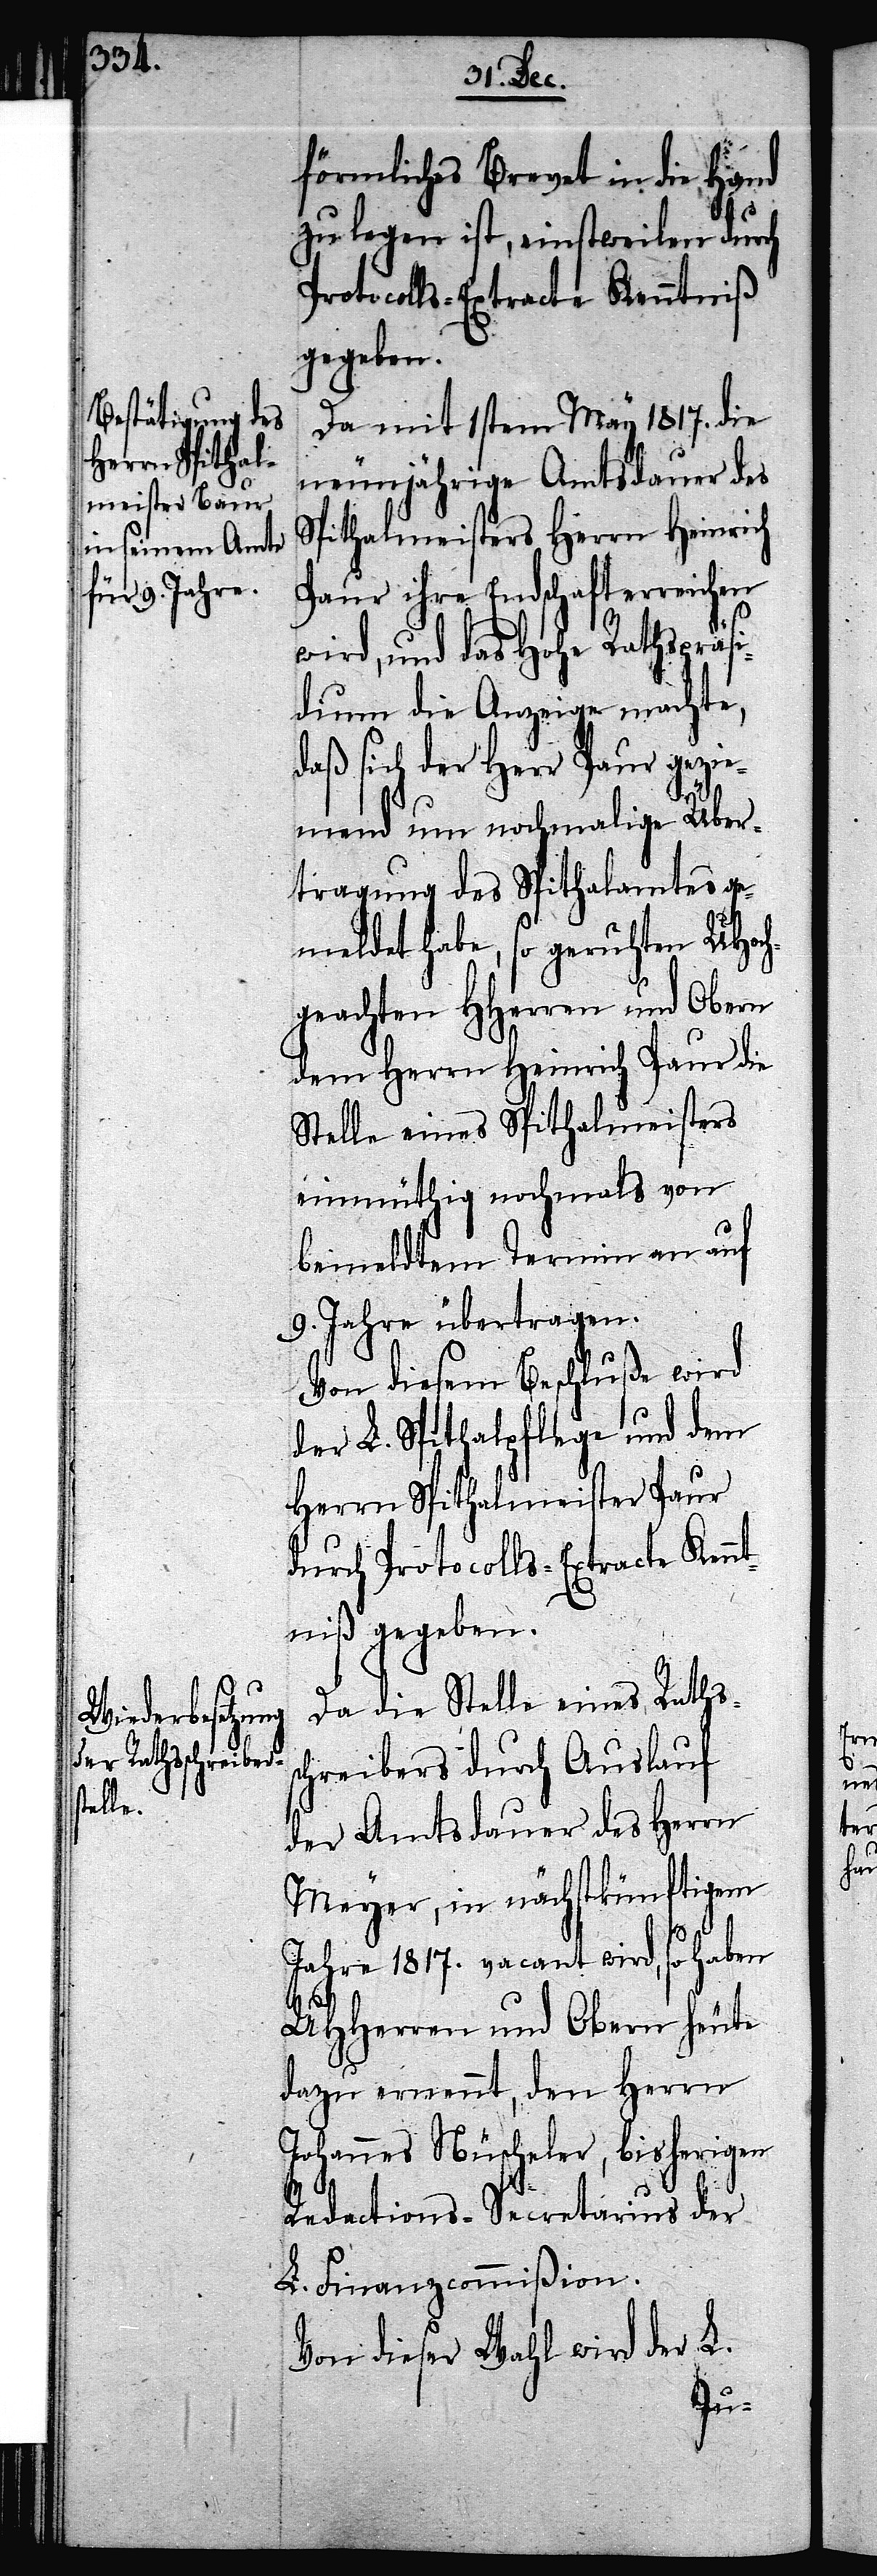
förmliches Brevet in die Hand
zu legen ist, eintstweilen durch
Protocolls-Extracte Kenntniß
gegeben.
Da mit 1stem May 1817. die
neunjährige Amtsdauer des
Spithalmeisters Herrn Heinrich
c!] ihre Endschaft erreichen
wird, und das Hohe Rathspräsi¬
dium die Anzeige machte,
der Herr Paur gezi¬
emend um nochmalige Über¬
tragung des Spithalamtes g¬
emeldet habe, so geruhten UHoc¬
hgeachten HHerren und Obern
dem Herrn Heinrich Paur die
Stelle eines Spithalmeisters
einmüthig nochmals von
bemeldtem Termin an auf
9. Jahre übertragen.
Von diesem Beschluße wird
der L. Spithalpflege und dem
Herrn Spithalmeister Paur
durch Protocolls-Extracte Kenn¬
tniß gegeben.
Da die Stelle eines Rathss¬
chreibers durch Auslauf
der Amtsdauer des Herrn
Meyer, in nächstkünftigem
Jahre 1817. vacant wird, so haben
UHHerren und Obern heute
dazu ernennt, den Herrn
Johannes Nüscheler, bisherigen
Redactions-Secretarius der
L. Finanzcommißion.
Von dieser Wahl wird der L.
[si¬